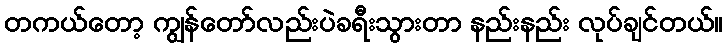
တကယ်တော့ ကျွန်တော်လည်းပဲခရီးသွားတာ နည်းနည်း လုပ်ချင်တယ်။